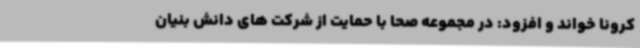
کرونا خواند و افزود: در مجموعه صحا با حمایت از شرکت های دانش بنیان